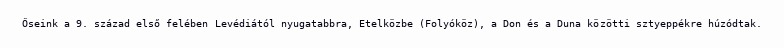
Őseink a 9. század első felében Levédiától nyugatabbra, Etelközbe (Folyóköz), a Don és a Duna közötti sztyeppékre húzódtak.